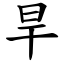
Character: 旱